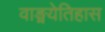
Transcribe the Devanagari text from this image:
वाङ्मयेतिहास